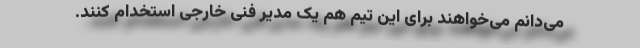
می‌دانم می‌خواهند برای این تیم هم یک مدیر فنی خارجی استخدام کنند.